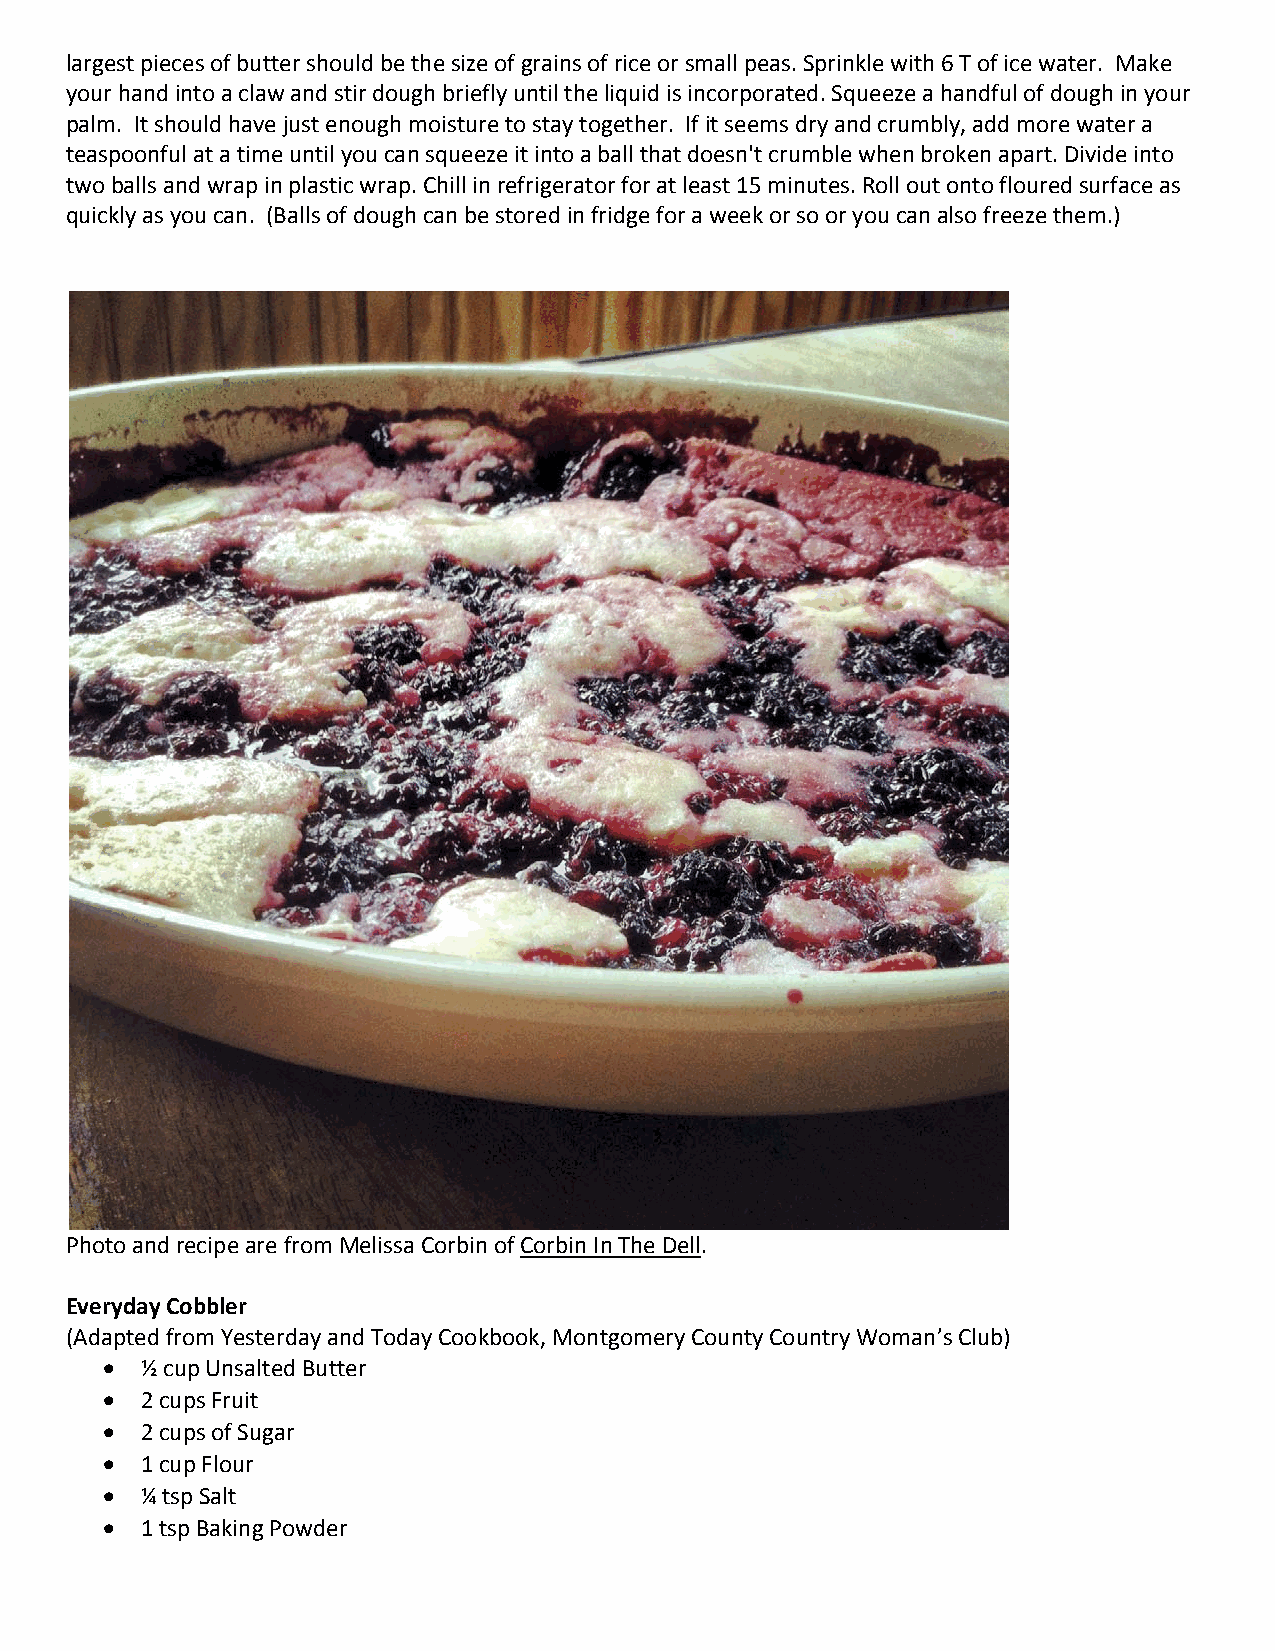
largest pieces of butter should be the size of grains of rice or small peas. Sprinkle with 6 T of ice water. Make
 your hand into a claw and stir dough briefly until the liquid is incorporated. Squeeze a handful of dough in your
 palm. It should have just enough moisture to stay together. If it seems dry and crumbly, add more water a
 teaspoonful at a time until you can squeeze it into a ball that doesn't crumble when broken apart. Divide into
 two balls and wrap in plastic wrap. Chill in refrigerator for at least 15 minutes. Roll out onto floured surface as
 quickly as you can. (Balls of dough can be stored in fridge for a week or so or you can also freeze them.)
 Photo and recipe are from Melissa Corbin of Corbin In The Dell.
 Everyday Cobbler
 (Adapted from Yesterday and Today Cookbook, Montgomery County Country Woman’s Club)
  ½ cup Unsalted Butter
  2 cups Fruit
  2 cups of Sugar
  1 cup Flour
  ¼ tsp Salt
  1 tsp Baking Powder